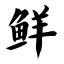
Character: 鲜